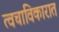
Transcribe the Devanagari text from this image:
त्वचाविकारात